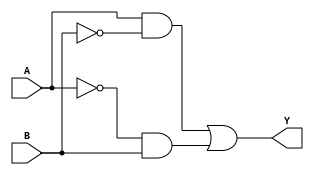
module XOR_gate (
    input A,
    input B,
    output Y
);

wire A_bar, B_bar;
assign A_bar = ~A;
assign B_bar = ~B;

assign Y = (A & B_bar) | (A_bar & B);

endmodule